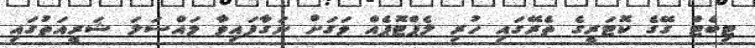
ޓިބެޓް ގޭގެ ކޮޓަރީގެ ތެރޭގައި ހުރި ލެޕްޓޮޕެއް ވަގަށް ނަގާފައިވާ މައްސަލަ ޝަރީއަތުގައި